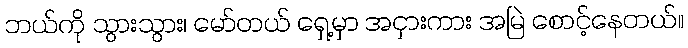
ဘယ်ကို သွားသွား၊ မော်တယ် ရှေ့မှာ အငှားကား အမြဲ စောင့်နေတယ်။